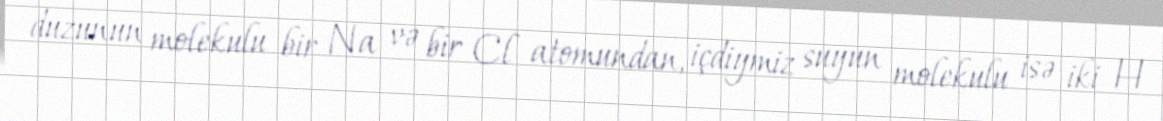
duzunun molekulu bir Na və bir Cl atomundan, içdiymiz suyun molekulu isə iki H